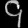
Digit: ၄